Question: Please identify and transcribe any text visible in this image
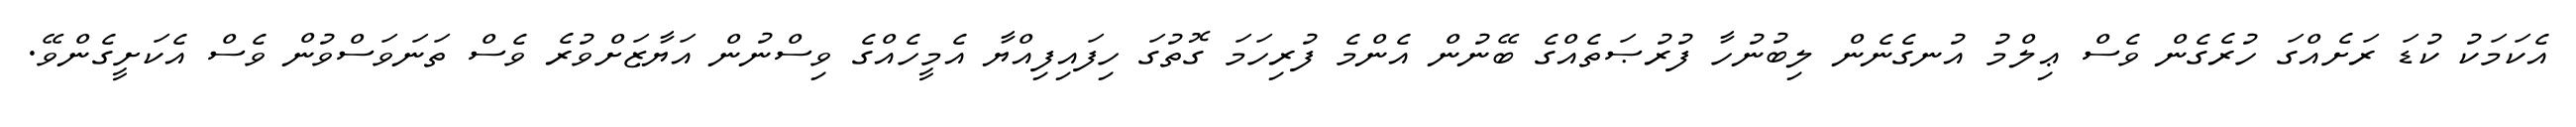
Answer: އެކަމަކު ކުޑަ ރަށެއްގަ ހުރެގެން ވެސް ޢިލްމު އުނގެނެން ލިބުނުހާ ފުރުޞަތެއްގެ ބޭނުން އެންމެ ފުރިހަމަ ގޮތުގަ ހިފައިފިއްޔާ އެމީހެއްގެ ވިސްނުން އަޔާޒަށްވުރެ ވެސް ތަނަވަސްވުން ވެސް އެކަށީގެންވޭ.